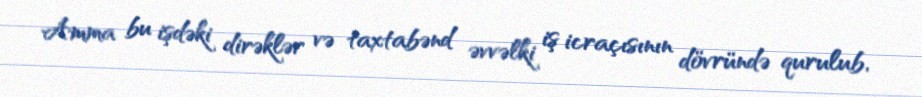
Amma bu işdəki dirəklər və taxtabənd əvvəlki iş icraçısının dövründə qurulub,